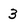
Character: 3